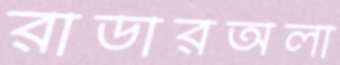
রাডারঅলা